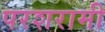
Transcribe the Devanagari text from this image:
परशरामी